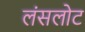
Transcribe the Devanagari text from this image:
लंसलोट